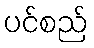
ပင်စည်